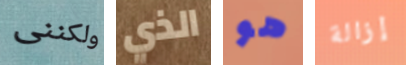
ولكننى الذي هو إزالة